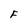
Character: F